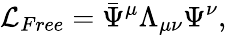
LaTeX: {\cal L}_{Free}=\bar{\Psi}^{\mu}\Lambda_{\mu\nu}\Psi^{\nu},